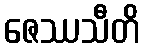
ဇေဿသီတိ